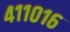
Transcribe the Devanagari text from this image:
४११०१६